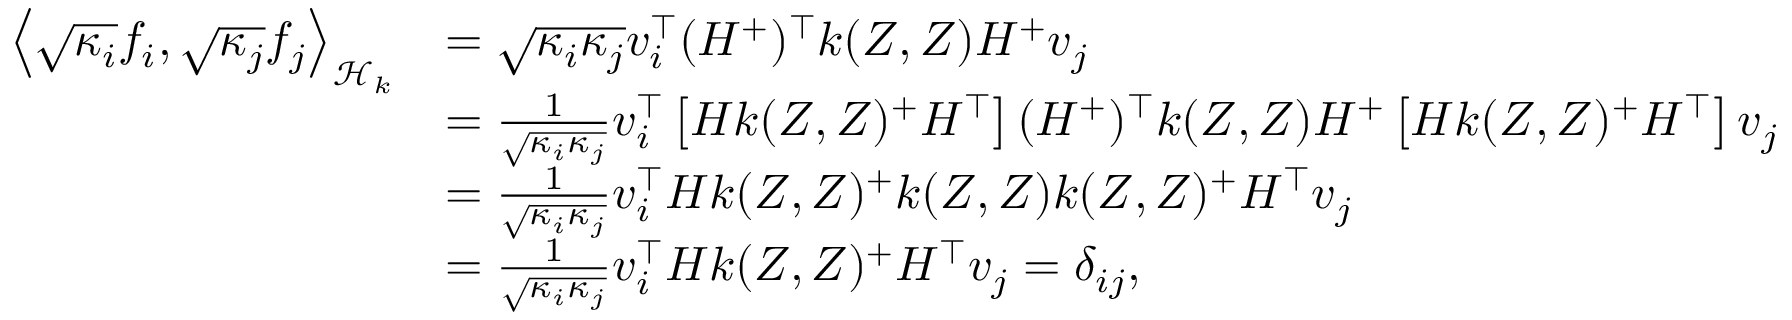
\begin{array} { r l } { \left\langle \sqrt { \kappa _ { i } } f _ { i } , \sqrt { \kappa _ { j } } f _ { j } \right\rangle _ { \mathcal { H } _ { k } } } & { = \sqrt { \kappa _ { i } \kappa _ { j } } v _ { i } ^ { \top } ( H ^ { + } ) ^ { \top } k ( Z , Z ) H ^ { + } v _ { j } } \\ & { = \frac 1 { \sqrt { \kappa _ { i } \kappa _ { j } } } v _ { i } ^ { \top } \left[ H k ( Z , Z ) ^ { + } H ^ { \top } \right] ( H ^ { + } ) ^ { \top } k ( Z , Z ) H ^ { + } \left[ H k ( Z , Z ) ^ { + } H ^ { \top } \right] v _ { j } } \\ & { = \frac 1 { \sqrt { \kappa _ { i } \kappa _ { j } } } v _ { i } ^ { \top } H k ( Z , Z ) ^ { + } k ( Z , Z ) k ( Z , Z ) ^ { + } H ^ { \top } v _ { j } } \\ & { = \frac 1 { \sqrt { \kappa _ { i } \kappa _ { j } } } v _ { i } ^ { \top } H k ( Z , Z ) ^ { + } H ^ { \top } v _ { j } = \delta _ { i j } , } \end{array}